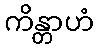
ကိန္တာဟံ